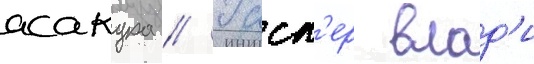
асакура // Гасп'ер влад'и